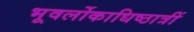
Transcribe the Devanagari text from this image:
भूवर्लोकाधिष्ठात्रीं